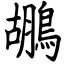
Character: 鶘